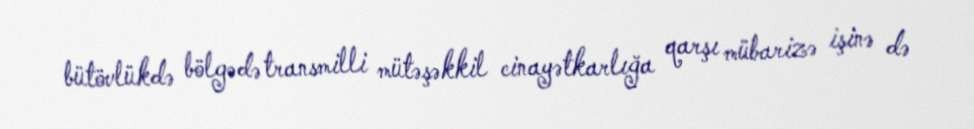
bütövlükdə bölgədə transmilli mütəşəkkil cinayətkarlığa qarşı mübarizə işinə də